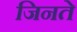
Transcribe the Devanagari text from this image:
जिनते